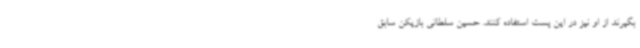
بگیرند از او نیز در این پست استفاده کنند. حسین سلطانی بازیکن سابق